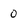
Character: 0